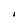
Character: I